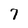
Character: 7